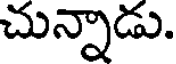
చున్నాడు.